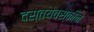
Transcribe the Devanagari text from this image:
दस्तयेवस्कीने